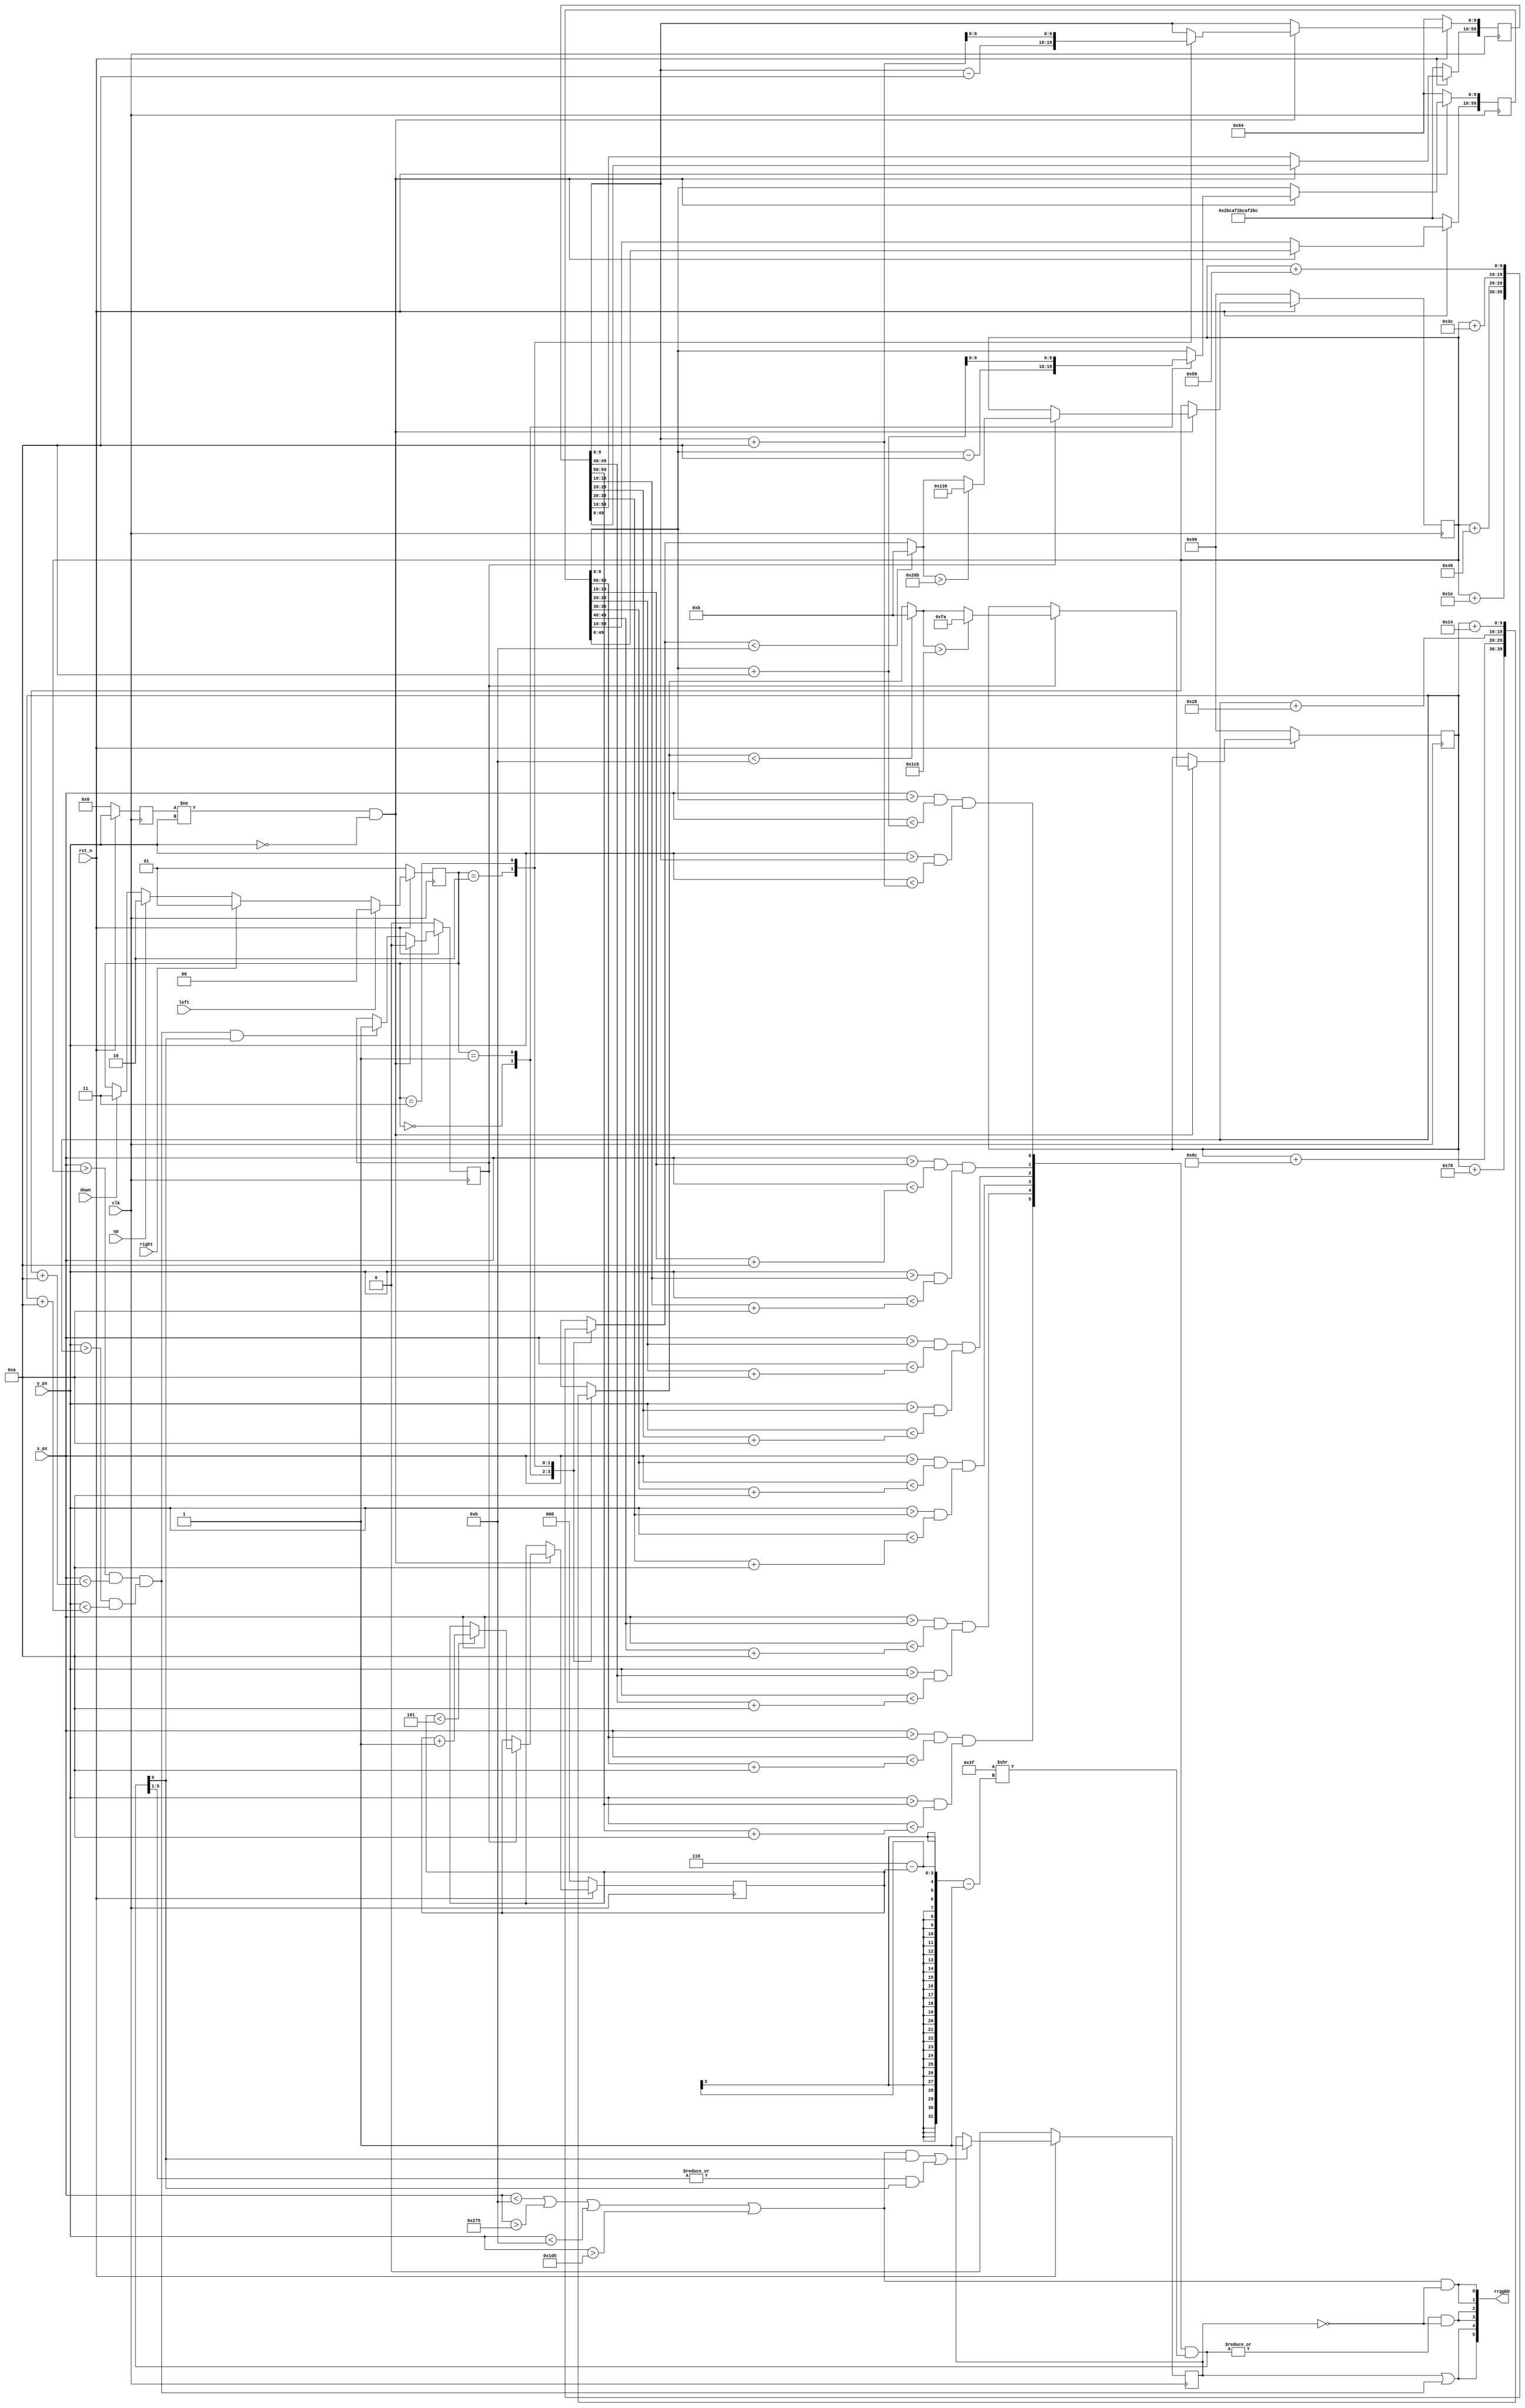
module snake(clk, rst_n, x_px, y_px, rrggbb, left, right, up, down);
    input clk;
    input rst_n;
    input [9:0] x_px;
    input [9:0] y_px;
    input left;
    input right;
    input up;
    input down;
    output wire [5:0] rrggbb;

    localparam MAX_SIZE = 6;

    reg [MAX_SIZE*10-1:0] snakeX = {(MAX_SIZE){10'd100}}, snakeY={(MAX_SIZE){10'd100}};
    reg [9:0] appleX = 10'd150, appleY = 10'd150;
    reg [9:0] prev_y;
    reg [2:0] size = 3'd0;
    reg [9:0] appleX_n, appleY_n;
    reg [1:0] direction = 2'b01;
    reg eat_apple;
    reg game_over;
    
    wire [MAX_SIZE-1:0] body;
    wire [MAX_SIZE-1:0] bodySize;
    wire clk;
    wire border, apple;
    wire R, G, B;
    
    assign R = game_over | apple;
    assign bodySize = body[MAX_SIZE-1:0] & ({(MAX_SIZE){1'b1}} >> (MAX_SIZE-size-1));
    assign G = (|bodySize) && !game_over;
    assign B = border && !game_over;

    assign rrggbb = {R, R, G, G, B, B};
    
    always @(posedge clk) begin
        if (!rst_n) 
            direction <= 2'b01;
        else if (left)
            direction <= 2'b00;
        else if (right)
            direction <= 2'b01;
        else if (up)
            direction <= 2'b10;
        else if (down)
            direction <= 2'b11;
    end

    always @(posedge clk)
    begin
        if(!rst_n)
            game_over <= 1'b0;
        else if((border && bodySize[0]) || (|(bodySize[MAX_SIZE-1:1]) && bodySize[0])) 
            game_over <= 1'b1;
    end

    generate
        genvar i;
        for (i = 0; i < MAX_SIZE; i = i+1) begin
            assign body[i] = ((x_px > snakeX[i*10+9:i*10] && x_px < snakeX[i*10+9:i*10]+10) && 
                                (y_px > snakeY[i*10+9:i*10] && y_px < snakeY[i*10+9:i*10]+10));
        end
    endgenerate

    assign border = (x_px < 11) || (x_px > 629) || (y_px < 11) || (y_px > 469);
    assign apple = ((x_px > appleX && x_px < appleX+10) && 
                 (y_px > appleY && y_px < appleY+10));    
        
    always @*
    begin
        case(direction)
            2'b00: begin
                appleX_n = appleX + 30;
                appleY_n = appleY + 120;
            end
            2'b01: begin
                appleX_n = appleX + 70;
                appleY_n = appleY + 140;
            end
            2'b10: begin
                appleX_n = appleX + 60;
                appleY_n = appleY + 40;
            end
            2'b11: begin
                appleX_n = appleX + 80;
                appleY_n = appleY + 20;
            end                    
        endcase
        if (appleX_n < 11)
            appleX_n = 11;
        if (appleX_n > 619)
            appleX_n = 310;
        if (appleY_n < 11)
            appleY_n = 11;
        if (appleY_n > 459)
            appleY_n = 250;            
    end

    always @(posedge clk)
    begin
        if(!rst_n) begin
            snakeX <= {{(MAX_SIZE-1){10'd700}},10'd100};
            snakeY <= {{(MAX_SIZE-1){10'd700}},10'd100};
            appleX <= 10'd150;
            appleY <= 10'd150;
            size <= 0;
            prev_y  <= 10'b0;
            eat_apple <= 1'b0;
        end
        else
        begin
            prev_y <= y_px;
            if (prev_y != y_px && (y_px == 0)) begin
                case(direction)
                    2'b00: snakeX[9:0] <= snakeX[9:0] - 10;
                    2'b01: snakeX[9:0] <= snakeX[9:0] + 10;
                    2'b10: snakeY[9:0] <= snakeY[9:0] - 10;
                    2'b11: snakeY[9:0] <= snakeY[9:0] + 10;
                endcase
                snakeX[MAX_SIZE*10-1:10] <= snakeX[(MAX_SIZE-1)*10-1:0];
                snakeY[MAX_SIZE*10-1:10] <= snakeY[(MAX_SIZE-1)*10-1:0];

                if(eat_apple) begin
                    if (size < MAX_SIZE-1)
                        size <= size + 1;
                    eat_apple <= 0;
                    appleX <= appleX_n;
                    appleY <= appleY_n;
                end

            end
            else if((apple && bodySize[0]))
                eat_apple <= 1'b1;

        end
    end
    
endmodule